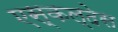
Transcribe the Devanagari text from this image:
एस्कल्देस